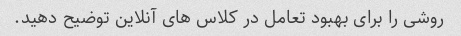
روشی را برای بهبود تعامل در کلاس های آنلاین توضیح دهید.